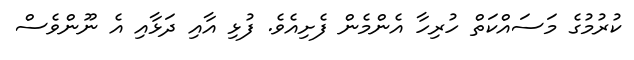
ކުރުމުގެ މަސައްކަތް ހުރިހާ އެންމެން ފެށިއެވެ. ފުޅި އާއި ދަޅާއި އެ ނޫންވެސް